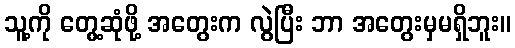
သူ့ကို တွေ့ဆုံဖို့ အတွေးက လွဲပြီး ဘာ အတွေးမှမရှိဘူး။